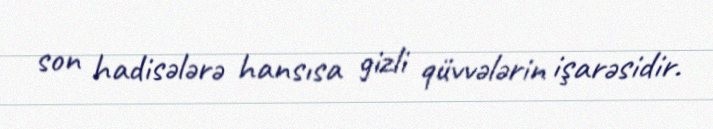
son hadisələrə hansısa gizli qüvvələrin işarəsidir.